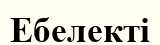
Ебелекті